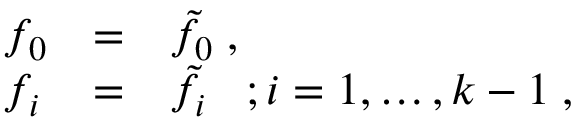
\begin{array} { l l l } { { f _ { 0 } } } & { { = } } & { { \tilde { f } _ { 0 } \; , } } \\ { { f _ { i } } } & { { = } } & { { \tilde { f } _ { i } \; \; \; ; i = 1 , \ldots , k - 1 \; , } } \end{array}